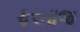
ફરતાજ